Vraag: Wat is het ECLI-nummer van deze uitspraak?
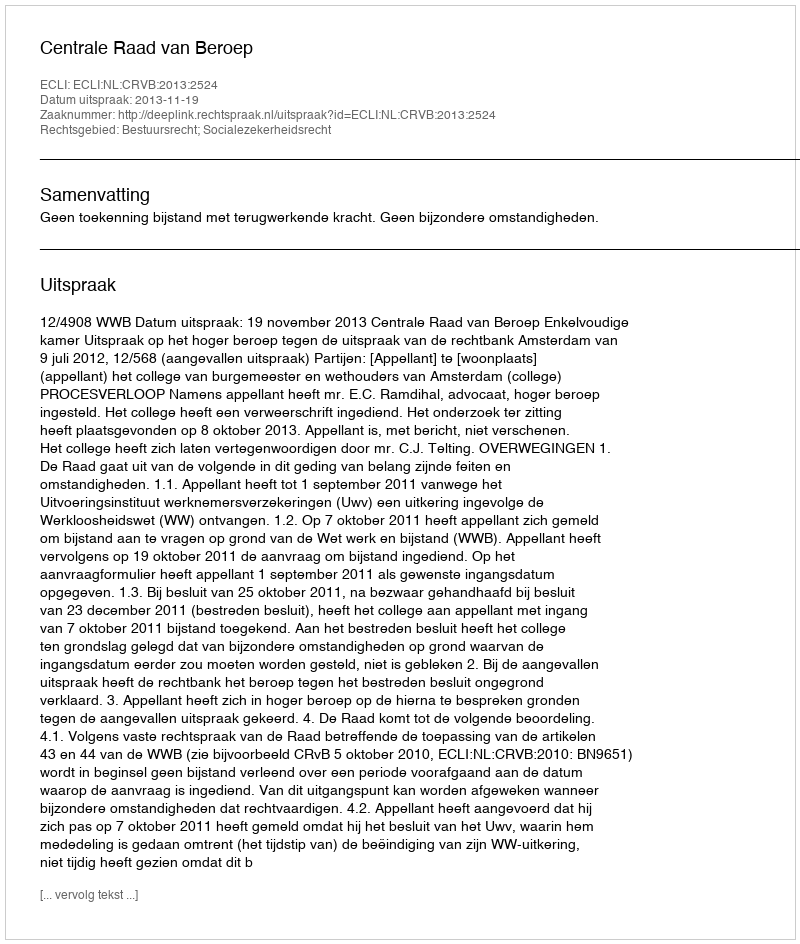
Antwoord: ECLI:NL:CRVB:2013:2524